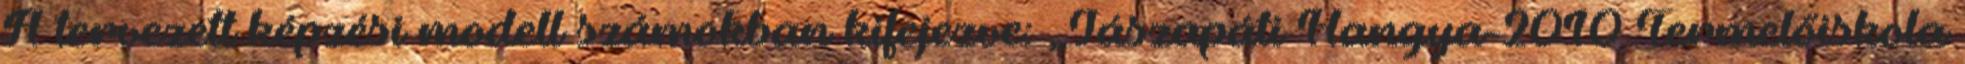
A tervezett képzési modell számokban kifejezve: „Jászapáti Hangya-2010 Termelőiskola